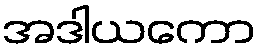
အဒါယကော